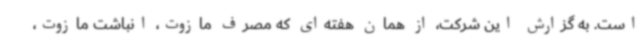
است. به گزارش این شرکت، از همان هفته‌ای که مصرف مازوت، انباشت مازوت،